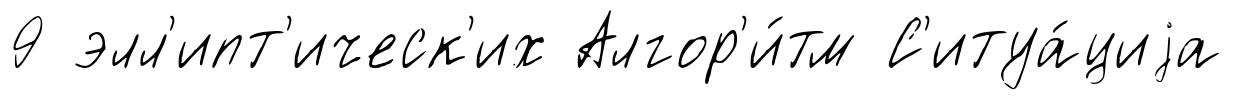
9 элл'ипт'ическ'их Алгор'и́тм С'итуа́циjа